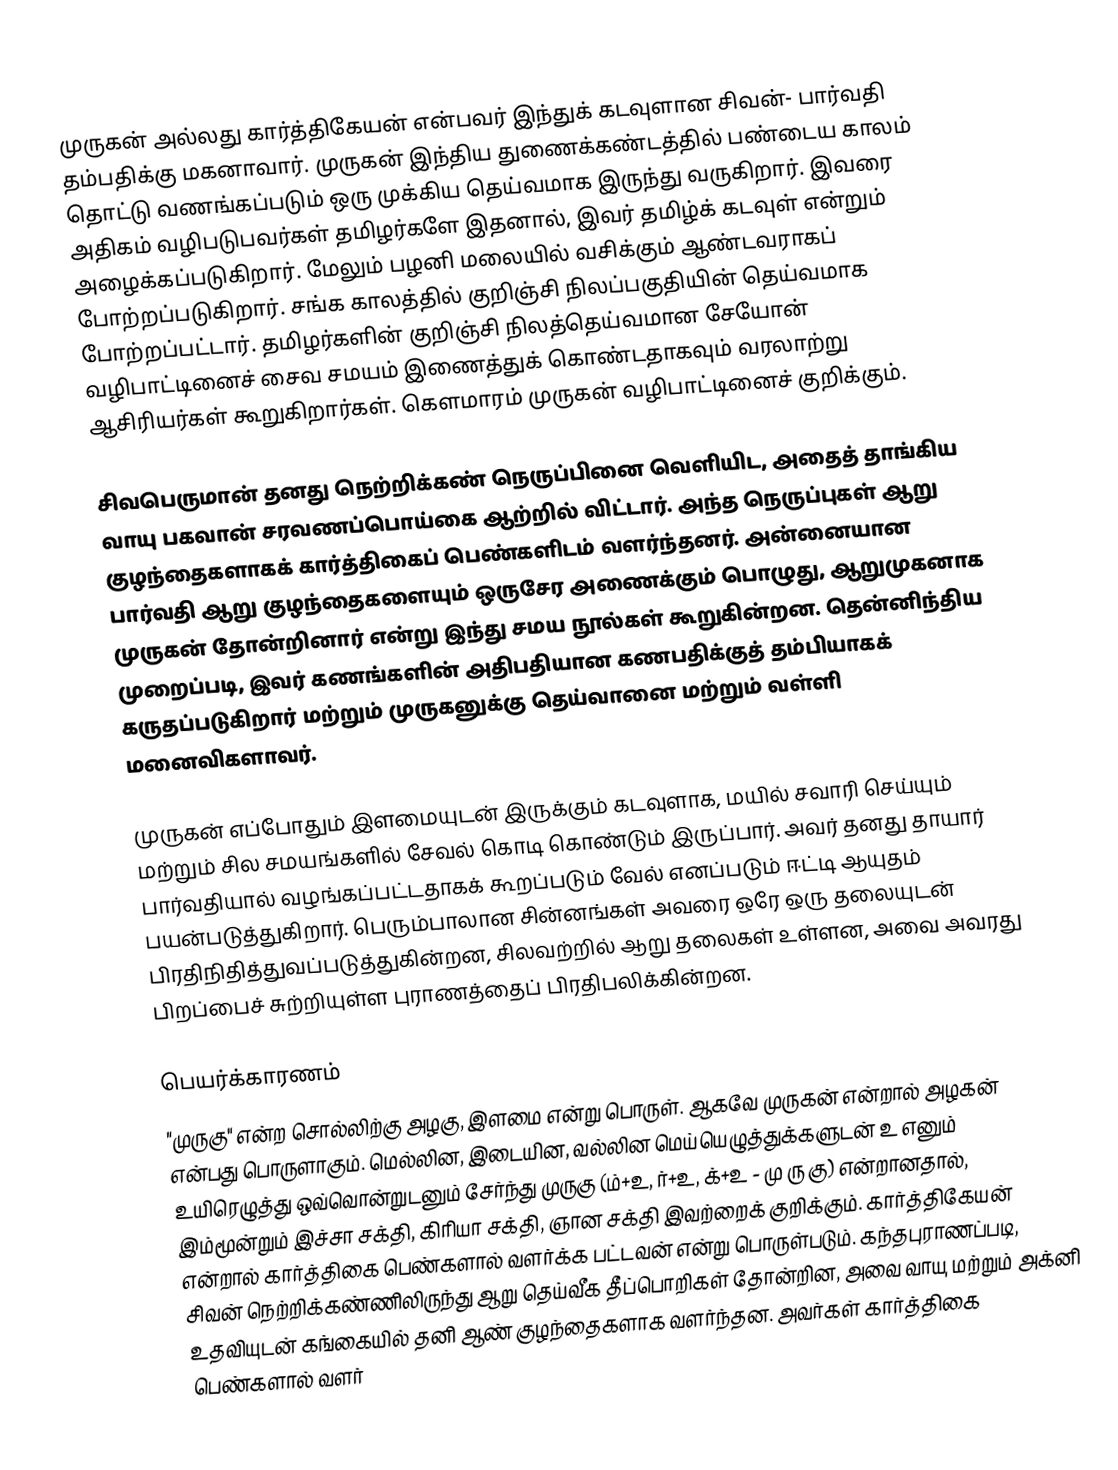
முருகன் அல்லது கார்த்திகேயன் என்பவர் இந்துக் கடவுளான சிவன்- பார்வதி தம்பதிக்கு மகனாவார். முருகன் இந்திய துணைக்கண்டத்தில்  பண்டைய காலம் தொட்டு வணங்கப்படும் ஒரு முக்கிய தெய்வமாக இருந்து வருகிறார். இவரை அதிகம் வழிபடுபவர்கள் தமிழர்களே இதனால், இவர் தமிழ்க் கடவுள் என்றும் அழைக்கப்படுகிறார்.  மேலும் பழனி மலையில் வசிக்கும் ஆண்டவராகப் போற்றப்படுகிறார். சங்க காலத்தில் குறிஞ்சி நிலப்பகுதியின் தெய்வமாக போற்றப்பட்டார். தமிழர்களின் குறிஞ்சி நிலத்தெய்வமான சேயோன் வழிபாட்டினைச் சைவ சமயம் இணைத்துக் கொண்டதாகவும் வரலாற்று ஆசிரியர்கள் கூறுகிறார்கள். கௌமாரம் முருகன் வழிபாட்டினைச் குறிக்கும்.

சிவபெருமான் தனது நெற்றிக்கண் நெருப்பினை வெளியிட, அதைத் தாங்கிய வாயு பகவான் சரவணப்பொய்கை ஆற்றில் விட்டார். அந்த நெருப்புகள் ஆறு குழந்தைகளாகக் கார்த்திகைப் பெண்களிடம் வளர்ந்தனர். அன்னையான பார்வதி ஆறு குழந்தைகளையும் ஒருசேர அணைக்கும் பொழுது, ஆறுமுகனாக முருகன் தோன்றினார் என்று இந்து சமய நூல்கள் கூறுகின்றன. தென்னிந்திய முறைப்படி, இவர் கணங்களின் அதிபதியான கணபதிக்குத் தம்பியாகக் கருதப்படுகிறார் மற்றும் முருகனுக்கு தெய்வானை மற்றும் வள்ளி மனைவிகளாவர்.

முருகன் எப்போதும் இளமையுடன் இருக்கும் கடவுளாக, மயில் சவாரி செய்யும் மற்றும் சில சமயங்களில் சேவல் கொடி கொண்டும் இருப்பார். அவர் தனது தாயார் பார்வதியால் வழங்கப்பட்டதாகக் கூறப்படும் வேல் எனப்படும் ஈட்டி ஆயுதம் பயன்படுத்துகிறார். பெரும்பாலான சின்னங்கள் அவரை ஒரே ஒரு தலையுடன் பிரதிநிதித்துவப்படுத்துகின்றன, சிலவற்றில் ஆறு தலைகள் உள்ளன, அவை அவரது பிறப்பைச் சுற்றியுள்ள புராணத்தைப் பிரதிபலிக்கின்றன.

பெயர்க்காரணம்
"முருகு" என்ற சொல்லிற்கு அழகு, இளமை என்று பொருள். ஆகவே முருகன் என்றால் அழகன் என்பது பொருளாகும். மெல்லின, இடையின, வல்லின மெய்யெழுத்துக்களுடன் உ எனும் உயிரெழுத்து ஒவ்வொன்றுடனும் சேர்ந்து முருகு (ம்+உ, ர்+உ, க்+உ - மு ரு கு) என்றானதால், இம்மூன்றும் இச்சா சக்தி, கிரியா சக்தி, ஞான சக்தி இவற்றைக் குறிக்கும். கார்த்திகேயன் என்றால் கார்த்திகை பெண்களால் வளர்க்க பட்டவன் என்று பொருள்படும். கந்தபுராணப்படி, சிவன் நெற்றிக்கண்ணிலிருந்து ஆறு தெய்வீக தீப்பொறிகள் தோன்றின, அவை வாயு மற்றும் அக்னி உதவியுடன் கங்கையில் தனி ஆண் குழந்தைகளாக வளர்ந்தன. அவர்கள் கார்த்திகை பெண்களால்  வளர்